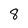
Character: 8